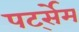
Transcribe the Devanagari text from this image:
पर्ट्सेम